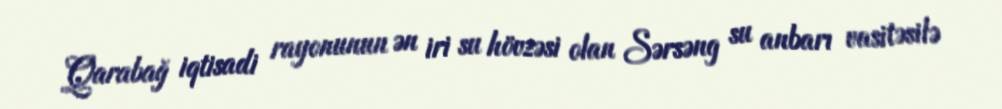
Qarabağ iqtisadi rayonunun ən iri su hövzəsi olan Sərsəng su anbarı vasitəsilə